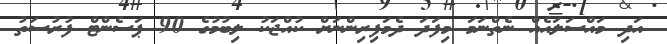
އަދި މައްސަލައެއް ނެތްނަމަ މިފަދަ ދެމަފިރިންނަށް ކުއްޖަކު ލިބުމުގެ 90 ޕަސެންޓް ފުރުސަތު